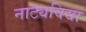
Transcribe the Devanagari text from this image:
नाट्यविद्या